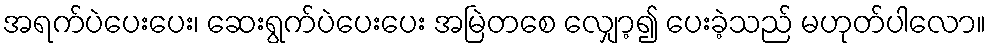
အရက်ပဲပေးပေး၊ ဆေးရွက်ပဲပေးပေး အမြဲတစေ လျှော့၍ ပေးခဲ့သည် မဟုတ်ပါလော။